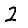
Digit: 2